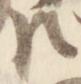
臣